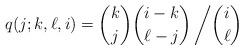
LaTeX: \begin{align*} q(j;k,\ell,i)= \binom{k}{j}\binom{i-k}{\ell-j}\left/\binom{i}{\ell}\right.\end{align*}